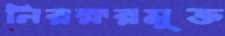
নিরক্ষরমুক্ত